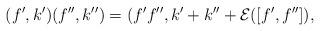
LaTeX: \begin{gather*}(f',k')(f'',k'') = (f'f'',k'+k''+{\cal E}([f',f'']),\end{gather*}